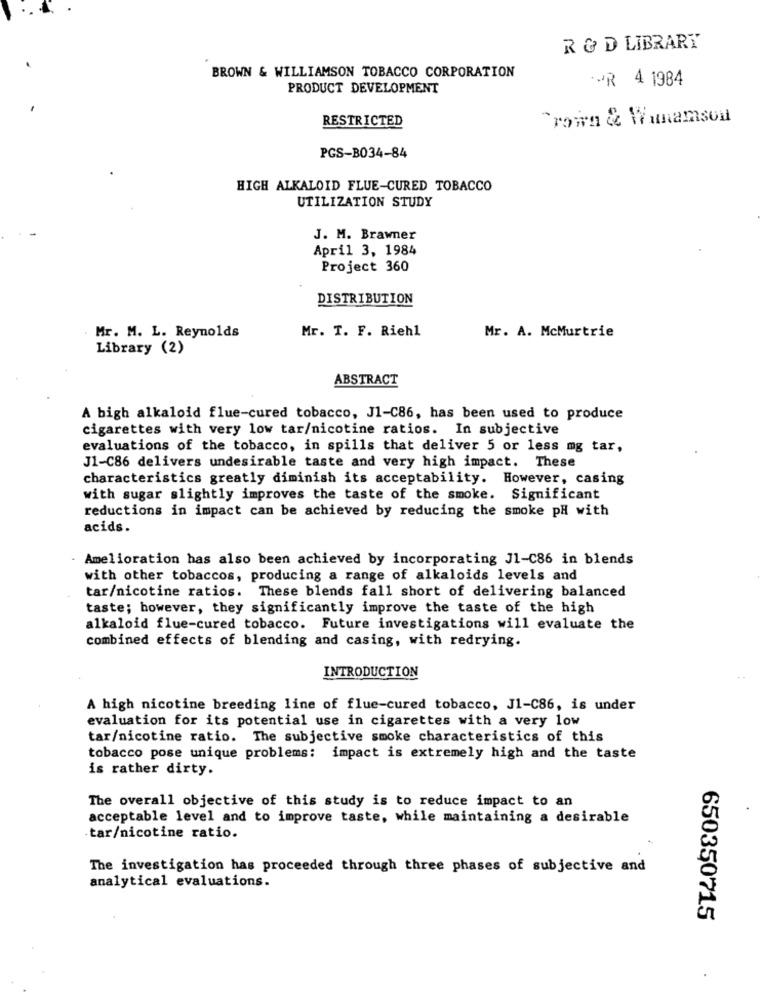
R & D LIBRARY
BROWN & WILLIAMSON TOBACCO CORPORATION
POR 4 1984
PRODUCT DEVELOPMENT
RESTRICTED
Crown & Wunamson
PGS-B034-84
HIGH ALKALOID FLUE-CURED TOBACCO
UTILIZATION STUDY
J. M. Brawner
April 3, 1984
Project 360
DISTRIBUTION
Mr. T. F. Riehl
Mr. M. L. Reynolds
Mr. A. McMurtrie
Library (2)
ABSTRACT
A bigh alkaloid flue-cured tobacco, J1-C86, has been used to produce
cigarettes with very low tar/nicotine ratios. In subjective
evaluations of the tobacco, in spills that deliver 5 or less mg tar,
J1-C86 delivers undesirable taste and very high impact. These
characteristics greatly diminish its acceptability. However, casing
with sugar slightly improves the taste of the smoke. Significant
reductions in impact can be achieved by reducing the smoke pH with
acids.
- Amelioration has also been achieved by incorporating J1-C86 in blends
with other tobaccos, producing a range of alkaloids levels and
tar/nicotine ratios. These blends fall short of delivering balanced
taste; however, they significantly improve the taste of the high
alkaloid flue-cured tobacco. Future investigations will evaluate the
combined effects of blending and casing, with redrying.
INTRODUCTION
A high nicotine breeding line of flue-cured tobacco, J1-C86, is under
evaluation for its potential use in cigarettes with a very low
tar/nicotine ratio. The subjective smoke characteristics of this
tobacco pose unique problems: impact is extremely high and the taste
is rather dirty.
The overall objective of this study is to reduce impact to an
acceptable level and to improve taste, while maintaining a desirable
tar/nicotine ratio.
The investigation has proceeded through three phases of subjective and
analytical evaluations.
650350715